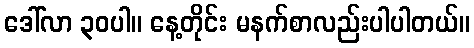
ဒေါ်လာ ၃၀ပါ။ နေ့တိုင်း မနက်စာလည်းပါပါတယ်။